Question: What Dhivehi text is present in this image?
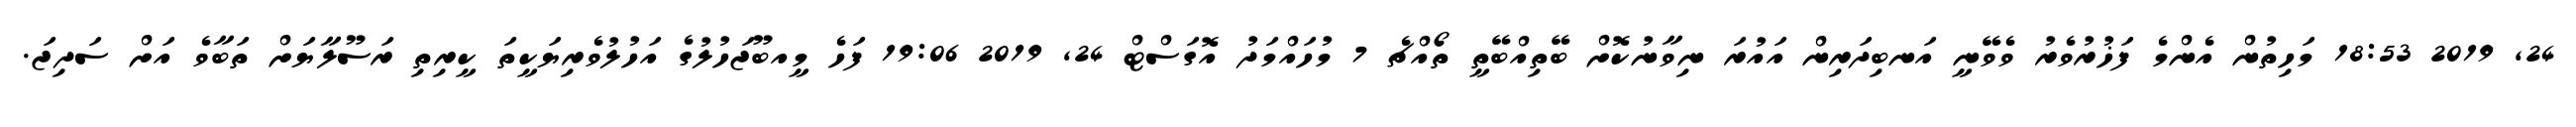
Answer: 24, 2019 18:53 މަހިތުން އެންމެ ފަޚުރުވެރު ވެވޭނީ އަނބިދަރިން އައުރަ ނިވާނުކޮށް ބޭތިއްބޭތީ ތޯއްޗެ 7 މުހައްމަދު އޮގަސްޓް 24, 2019 19:06 ފަހެ މީއބޫޖަހުލުގެ އަހުލުވެރިޔަކީތަ ކީރިތި ރަސޫލާޔަށް ތަބާވެ އަށް ސަދިޖަ.